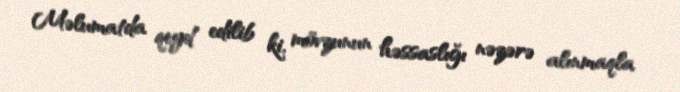
Məlumatda qeyd edilib ki, mövzunun həssaslığı nəzərə alınmaqla